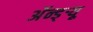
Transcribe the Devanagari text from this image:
अॅन्ड्‌र्‍यू